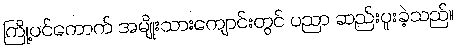
ကြို့ပင်ကောက် အမျိုးသားကျောင်းတွင် ပညာ ဆည်းပူးခဲ့သည်။